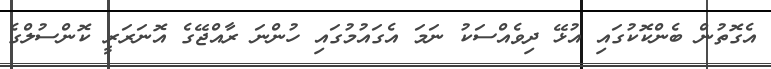
އެގޮތުން ބެންކޮކުގައި އުޅޭ ދިވެއްސަކު ނަމަ އެގައުމުގައި ހުންނަ ރާއްޖޭގެ އޮނަރަރީ ކޮންސުލްގެ